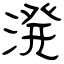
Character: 溌